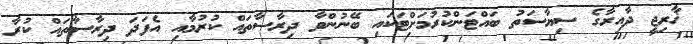
ޚާރިޖީ ދާއިރާގެ ސިޔާސަތު ބައްޓަންކުރުމަށްޓަކައި ބޭނުންވާ ދިރާސާތައް ކުރުމާއި އެފަދަ ދިރާސާތައް ކުރާ